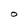
Character: O